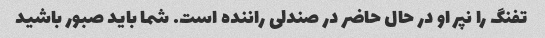
تفنگ را نپر او در حال حاضر در صندلی راننده است. شما باید صبور باشید